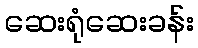
ဆေးရုံဆေးခန်း